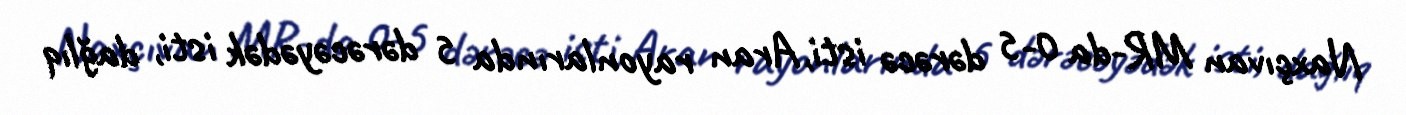
Naxçıvan MR-da 0-5 dərəcə isti, Aran rayonlarında 5 dərəcəyədək isti, dağlıq